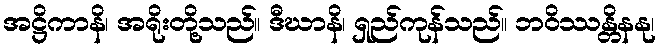
အဋ္ဌိကာနိ၊ အရိုးတို့သည်။ ဒီဃာနိ၊ ရှည်ကုန်သည်။ ဘဝိဿန္တိနနု၊